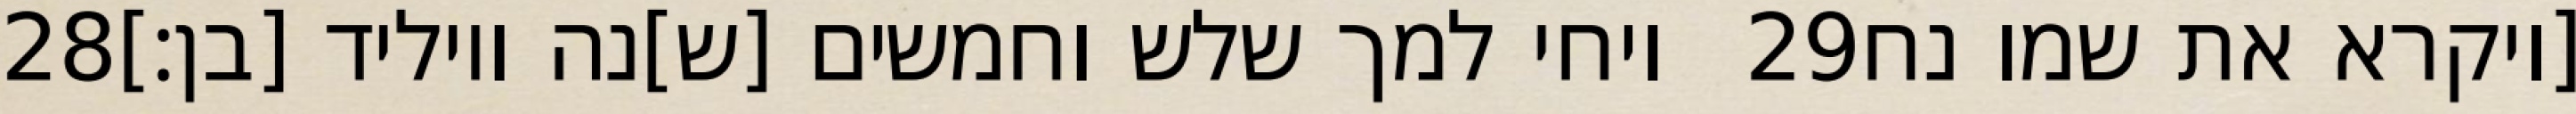
‎28‏ ויחי למך שלש וחמשים [ש]נה ויוליד [בן׃] ‎29‏ [ויקרא את שמו נח